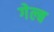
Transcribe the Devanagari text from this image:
गेल्ब